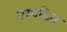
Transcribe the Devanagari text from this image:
एस्पडिन